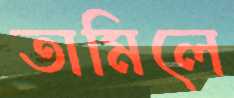
তামিলে